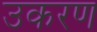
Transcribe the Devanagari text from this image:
उकरण